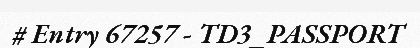
# Entry 67257 - TD3_PASSPORT